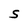
Character: S